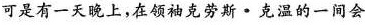
可是有一天晚上，在领袖克劳斯·克温的一间会